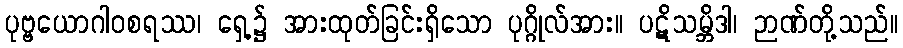
ပုဗ္ဗယောဂါဝစရဿ၊ ရှေ့၌ အားထုတ်ခြင်းရှိသော ပုဂ္ဂိုလ်အား။ ပဋိသမ္ဘိဒါ၊ ဉာဏ်တို့သည်။